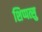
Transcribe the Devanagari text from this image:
शिप्पत्सु